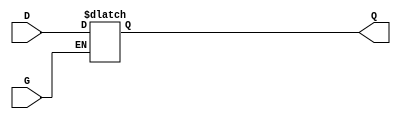
module gated_latch (
    input wire D,      // Data input
    input wire G,      // Enable signal
    output reg Q       // Output
);
    
    // Always block that updates the output based on the enable signal
    always @* begin
        if (G) begin
            Q = D;    // When G is high, output Q follows input D
        end
        // Note: When G is low, Q retains its previous value
    end
    
endmodule